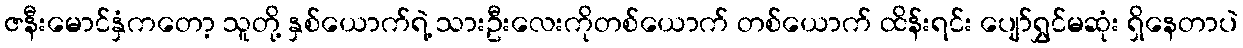
ဇနီးမောင်နှံကတော့ သူတို့ နှစ်ယောက်ရဲ့ သားဦးလေးကိုတစ်ယောက် တစ်ယောက် ထိန်းရင်း ပျော်ရွှင်မဆုံး ရှိနေတာပဲ